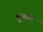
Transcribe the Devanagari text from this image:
लुथाॅर